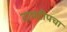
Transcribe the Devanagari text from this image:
टापटीपचा